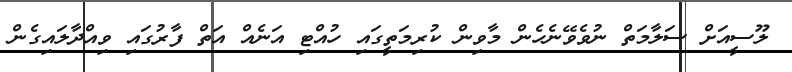
ލޫސީއަށް ސަލާމަތް ނުވެވޭނެހެން މާވިން ކުރިމަތީގައި ހުއްޓި އަނެއް އަތް ފާރުގައި ވިއްދާލައިގެން